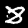
Label: 8